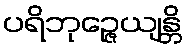
ပရိဘုဉ္ဇေယျန္တိ